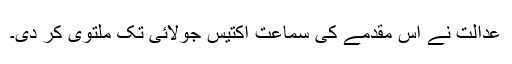
عدالت نے اس مقدمے کی سماعت اکتیس جولائی تک ملتوی کر دی۔